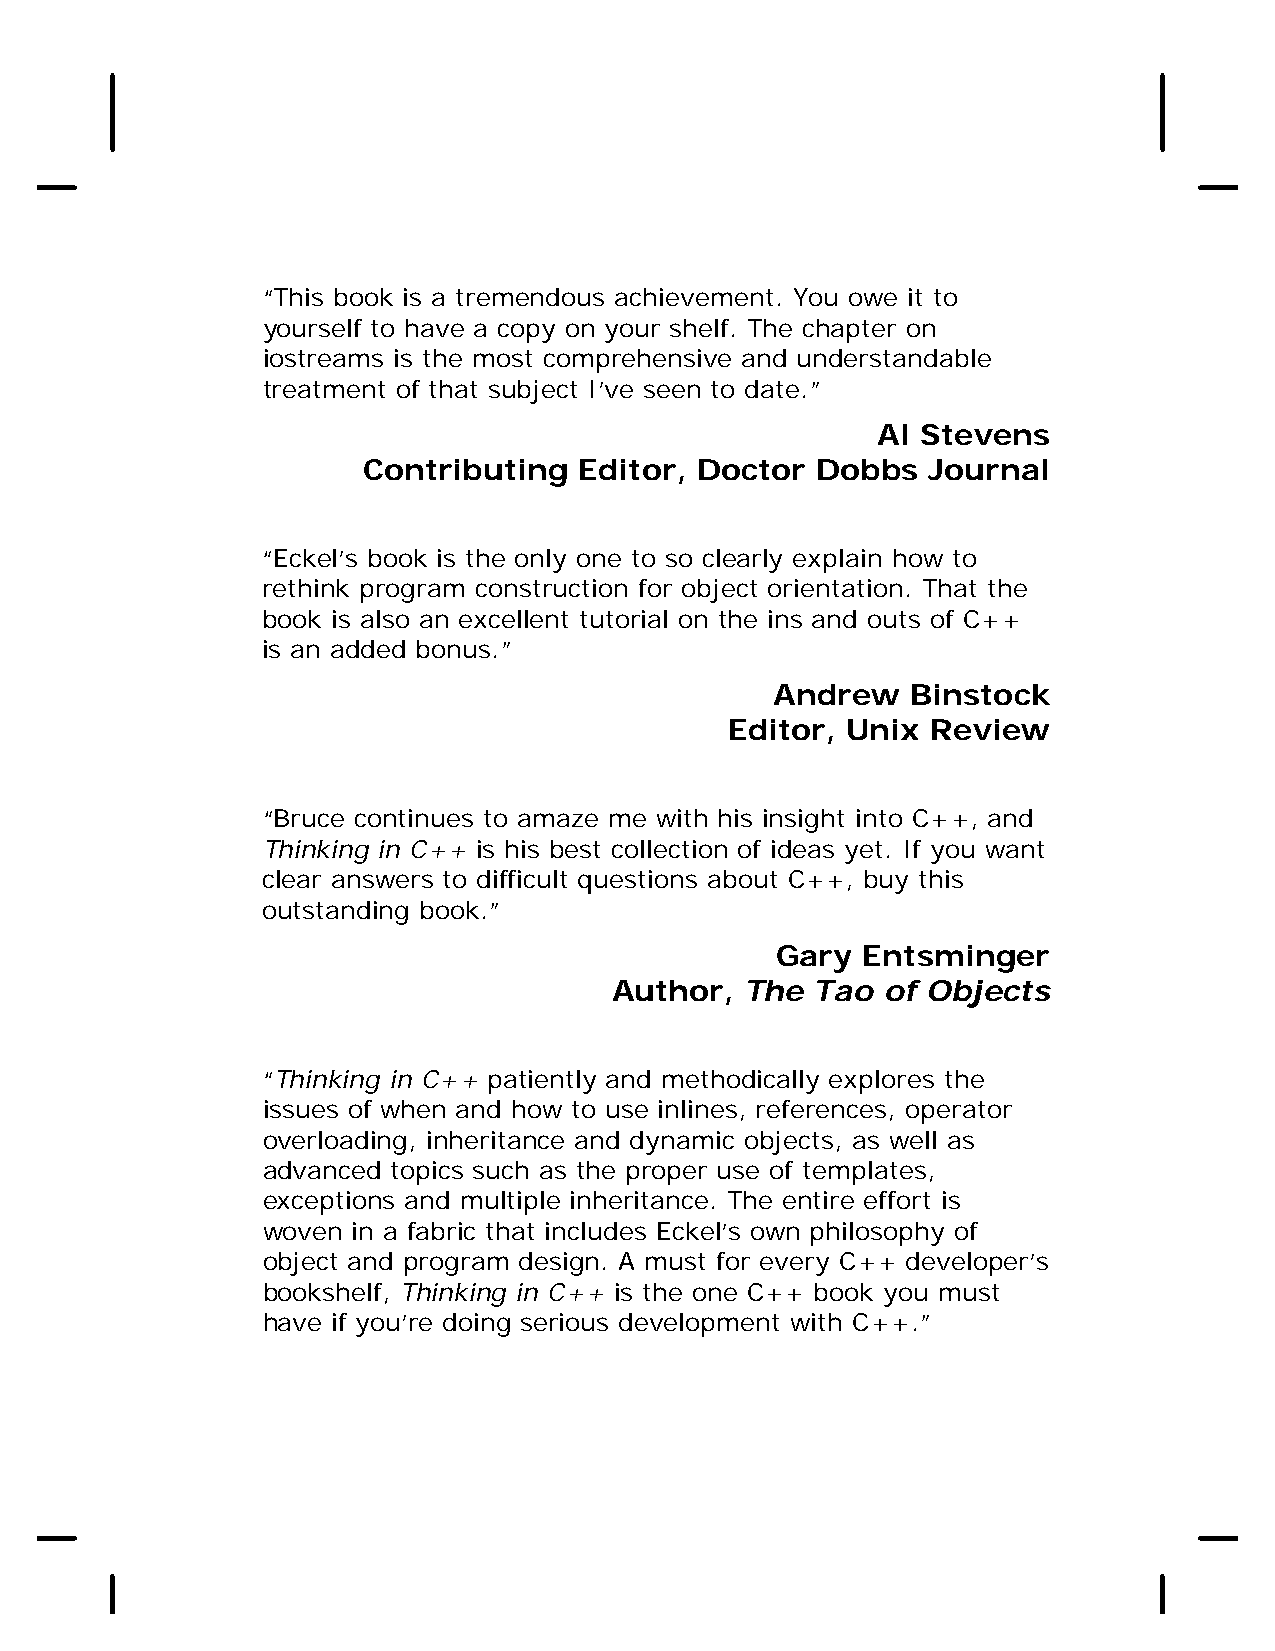
“This book is a tremendous achievement. You owe it to
 yourself to have a copy on your shelf. The chapter on
 iostreams is the most comprehensive and understandable
 treatment of that subject I’ve seen to date.”
 Al Stevens
 Contributing  Editor, Doctor  Dobbs  Journal
 “Eckel’s book is the only one to so clearly explain how to
 rethink program construction for object orientation. That the
 book is also an excellent tutorial on the ins and outs of C++
 is an added bonus.”
 Andrew   Binstock
 Editor, Unix  Review
 “Bruce continues to amaze me with his insight into C++, and
 Thinking in C++ is his best collection of ideas yet. If you want
 clear answers to difficult questions about C++, buy this
 outstanding book.”
 Gary  Entsminger
 Author,  The  Tao of Objects
 “Thinking in C++ patiently and methodically explores the
 issues of when and how to use inlines, references, operator
 overloading, inheritance and dynamic objects, as well as
 advanced topics such as the proper use of templates,
 exceptions and multiple inheritance. The entire effort is
 woven in a fabric that includes Eckel’s own philosophy of
 object and program design. A must for every C++ developer’s
 bookshelf, Thinking in C++ is the one C++ book you must
 have if you’re doing serious development with C++.”